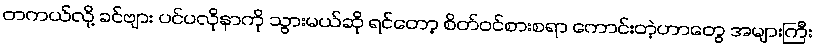
တကယ်လို့ ခင်ဗျား ပင်ပလိုနာကို သွားမယ်ဆို ရင်တော့ စိတ်ဝင်စားစရာ ကောင်းတဲ့ဟာတွေ အများကြီး